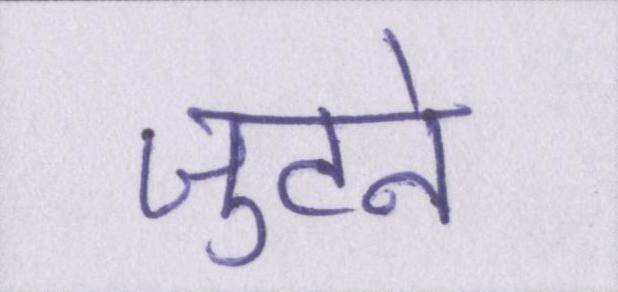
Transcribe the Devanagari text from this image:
जुटने